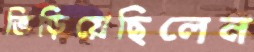
ভিড়িয়েছিলেন